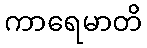
ကာရေမာတိ